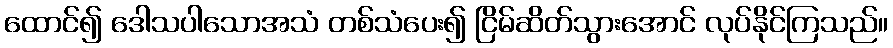
ထောင်၍ ဒေါသပါသောအသံ တစ်သံပေး၍ ငြိမ်ဆိတ်သွားအောင် လုပ်နိုင်ကြသည်။